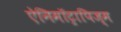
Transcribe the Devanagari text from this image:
ऐनिमॉट्रापिज्म